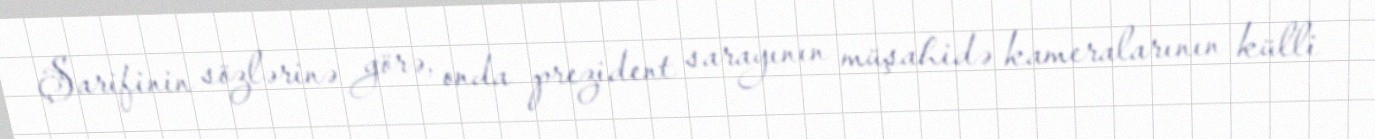
Şarifinin sözlərinə görə, onda prezident sarayının müşahidə kameralarının külli